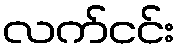
လက်ငင်း